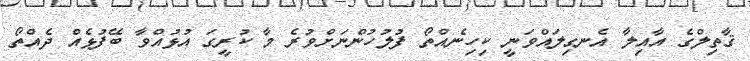
ޤާތިލްގެ އާއިލާ އެނގިލައްވަނީ ކިހިނެއްތޯ ފުލުހުންނަށްވުރެ މާ ކުރީގަ އުޅުއްވާ ބޭފުޅެއް ދެއްތޯ